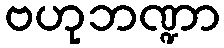
ဗဟုဘဏ္ဍာ